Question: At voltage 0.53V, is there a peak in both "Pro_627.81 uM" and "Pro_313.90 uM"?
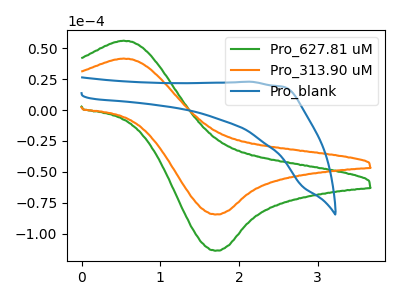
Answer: <think>The green curve "Pro_627.81 uM" has an anodic peak at (0.55V, 56.10uA) and a cathodic peak at (1.70V, -113.85uA). The orange curve "Pro_313.90 uM" has an anodic peak at (0.55V, 41.65uA) and a cathodic peak at (1.70V, -84.50uA). The blue curve "Pro_blank" has no peaks.</think>
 <answer>Yes, "Pro_627.81 uM" and "Pro_313.90 uM" share a peak at 0.53V.</answer>
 <eval>match</eval>